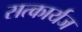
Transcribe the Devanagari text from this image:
सत्कार्यज